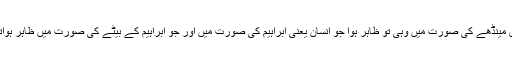
پس مینڈھے کی صورت میں وہی تو ظاہر ہوا جو انسان یعنی ابراہیم کی صورت میں اور جو ابراہیم کے بیٹے کی صورت میں ظاہر ہواتھا۔